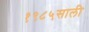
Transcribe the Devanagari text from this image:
१९८५साली